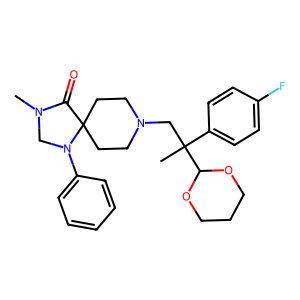
SMILES: CN1CN(c2ccccc2)C2(CCN(CC(C)(c3ccc(F)cc3)C3OCCCO3)CC2)C1=O
Inhibits HIV replication: No